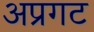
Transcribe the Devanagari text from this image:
अप्रगट